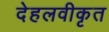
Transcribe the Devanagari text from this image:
देहलवीकृत